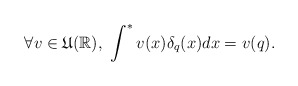
\begin{align*}\forall v\in \mathfrak{U}(\mathbb{R}),\ \int^{\ast }v(x)\delta_{q}(x)dx=v(q). \end{align*}